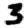
Digit: 3